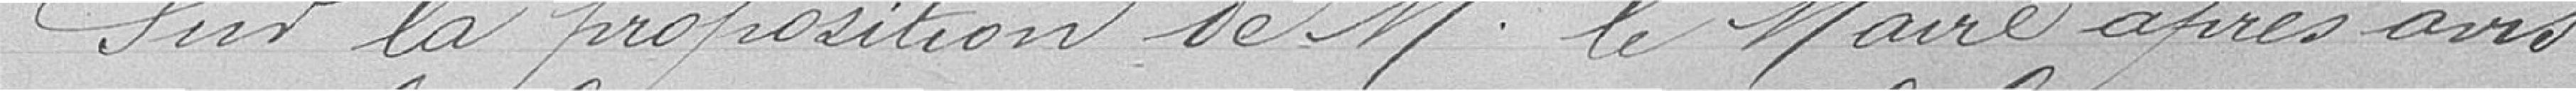
Sur la proposition de Monsieur Le Maire après avis